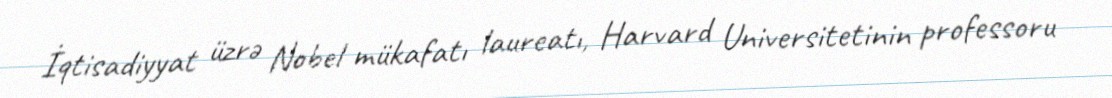
İqtisadiyyat üzrə Nobel mükafatı laureatı, Harvard Universitetinin professoru